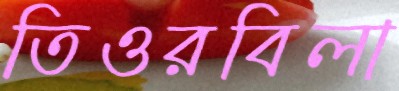
তিওরবিলা